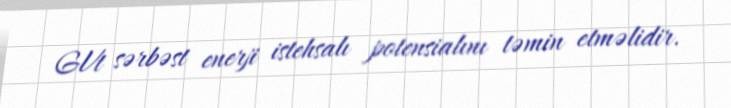
GVt sərbəst enerji istehsalı potensialını təmin etməlidir.